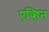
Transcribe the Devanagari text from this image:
एव्हिन